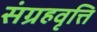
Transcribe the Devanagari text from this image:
संग्रहवृत्ति